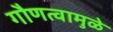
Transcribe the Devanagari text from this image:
गौणत्वामुळे